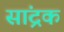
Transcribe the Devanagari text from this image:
सांद्रक